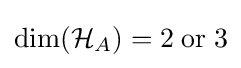
{\textrm {dim}}({\mathcal {H}}_{A})=2\;{\textrm {or}}\;3